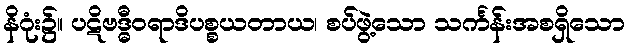
နိဂုံး၌။ ပဋိဗဒ္ဓီဝရာဒိပစ္စယတာယ၊ စပ်ဖွဲ့သော သင်္ကန်းအစရှိသော